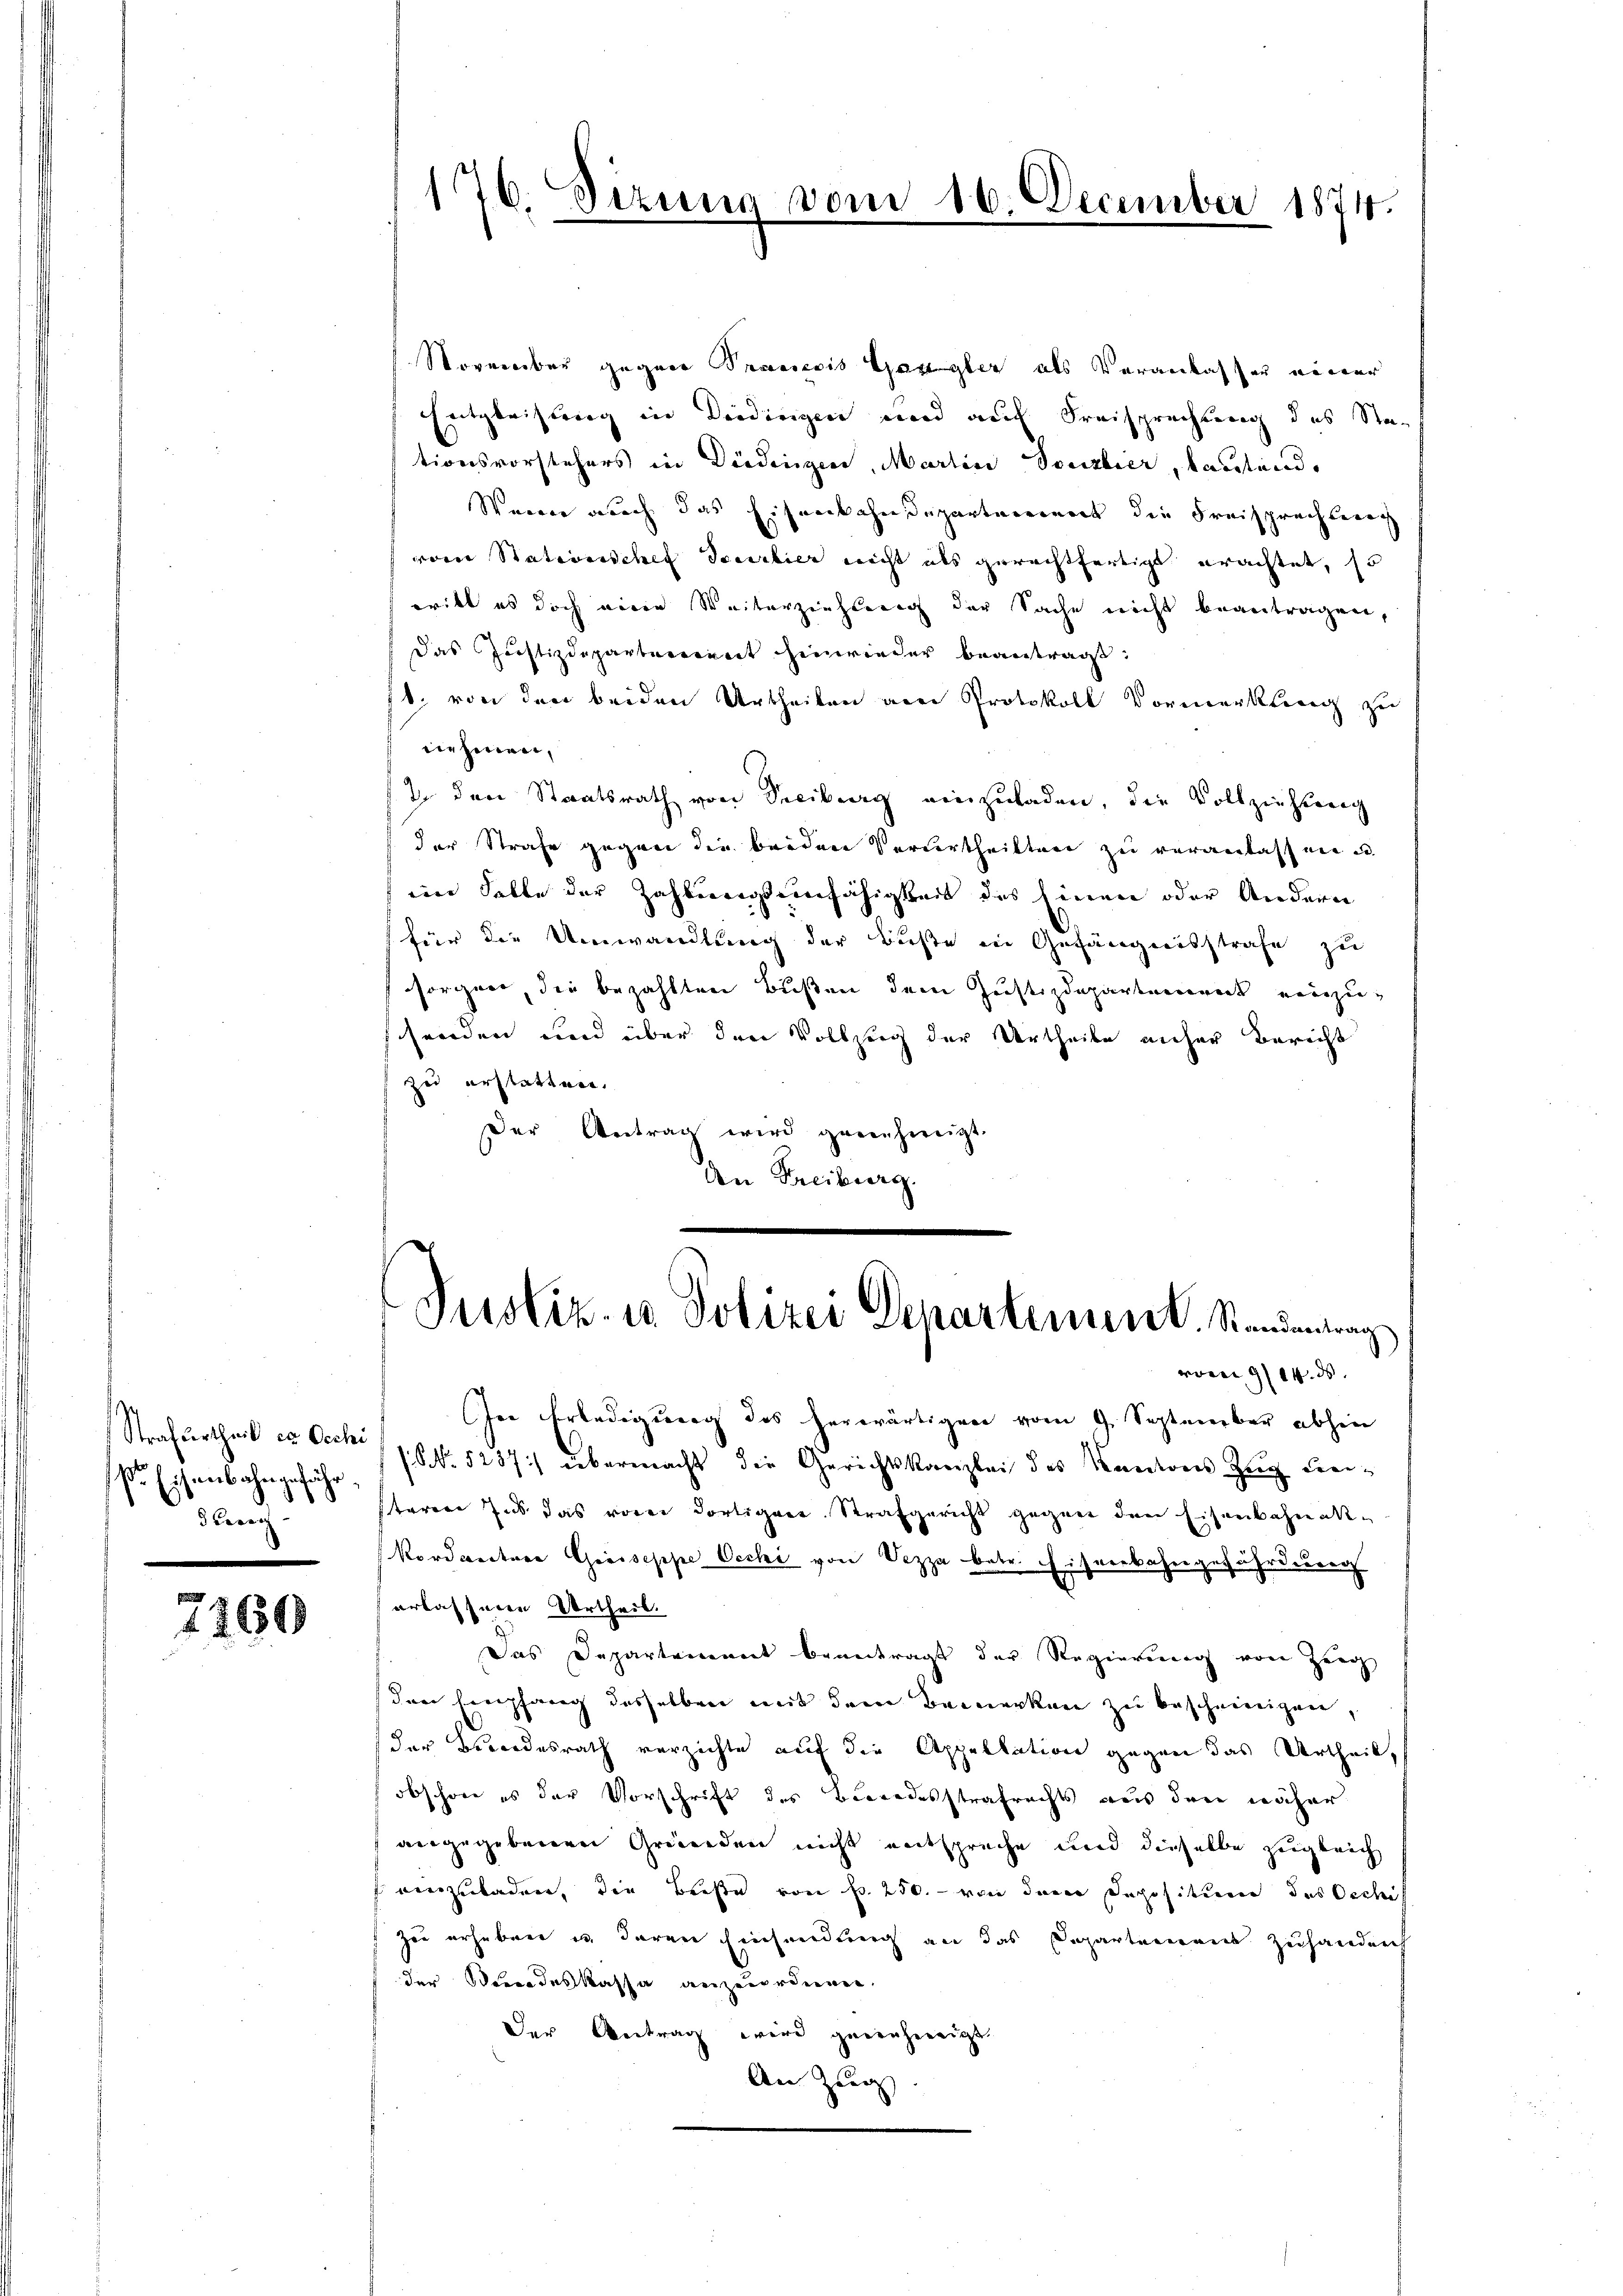
Strafurtheil er Oechi
ß. Eisenbahngeführ,
d Berec

7160

176. Sizung vom 16. December 1874.

November gegen Praesecis Gangler als Veranlasser einer
Entgleichtung in Deidingen und auf Freisprechtung des Stationsvorstehers in Didingen, Martin Sonstier, lautend,
Wenn auch das Eisenbahndepartement die Freisprachberech
von Stationischef Serbier nicht als gerechtfertigt erachtet, so
eritt es doch einen Weiterziehung der Sache nicht beantragen,
das Justizdepartement hinwieder beantragt:
1. von den beiden Urtheilen am Protokoll Vormerkling zu
nehmen,
In den Staatsrath von Seciburg einzuladen, die Vollziehung
der Strafe gegen die beiden Verwertheilter zu verantassen u.
eim Falle der Zahlungseinfähigkeit des Einen oder Andern
für die Umwandlung der Büste in Gefängnisstrafe zu
sorgen, die bezahlten Bußen dem Justizdeparterrect einzuschenden und über den Vollzug der Urtheile anher Bericht
zu erstatten.
Der Vertrag wird genehmigt.
An Freiburg.

Justiz- u Polizei Departement. Standentrag

vom 9/14. ds.
In Erledigung des herwärtigen vom 9. September abhin
(NNo. 5237) übermacht die Gerichtskanzlei des Kantons Zug Freisteren Ins das vorer dortigen Strafgericht gegen den Eisenbahnak-
kordantere Greiseppe Occhi von Vezza betr. Eisenbahngefährdung
erlasseren Urtheil.
Das Departement beantragt der Regierung von Zeig
den Empfang desselben mit dem Bemerken zu bescheinigen,
der Fordesrath verzichte auf die Appellation gegen das Urtheil,
obschon es der Vorschrift des Berodesstrafrechts aus den näher
angegebenen Gründen nicht entspreche und dieselbe zugleich
einzuladen, die Buße von Fr. 250. - von der Depositum des Occhif
zu erheben in daren Einsendung an das Departement zuhanderh
der Verordeskassa anzuordnen,
Der Antrag wird genehmigt.
An Zug